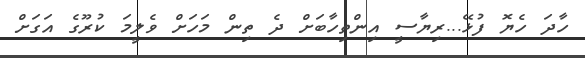
ހާދަ ހެޔޮ ފުޅޭ...ރިޔާސީ އިންތިހާބަށް ދެ ތިން މަހަށް ވެލީމަ ކުރޫގެ އަގަށް